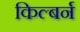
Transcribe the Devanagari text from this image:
किल्बर्न